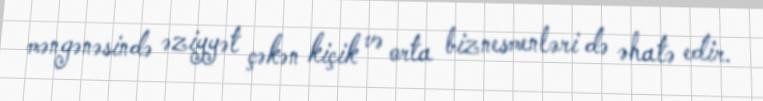
məngənəsində əziyyət çəkən kiçik və orta biznesmenləri də əhatə edir.